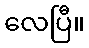
လေပြီ။